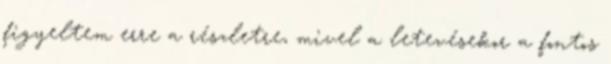
figyeltem erre a részletre, mivel a letevésekor a fontos